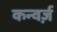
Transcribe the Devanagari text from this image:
कन्वर्ज़